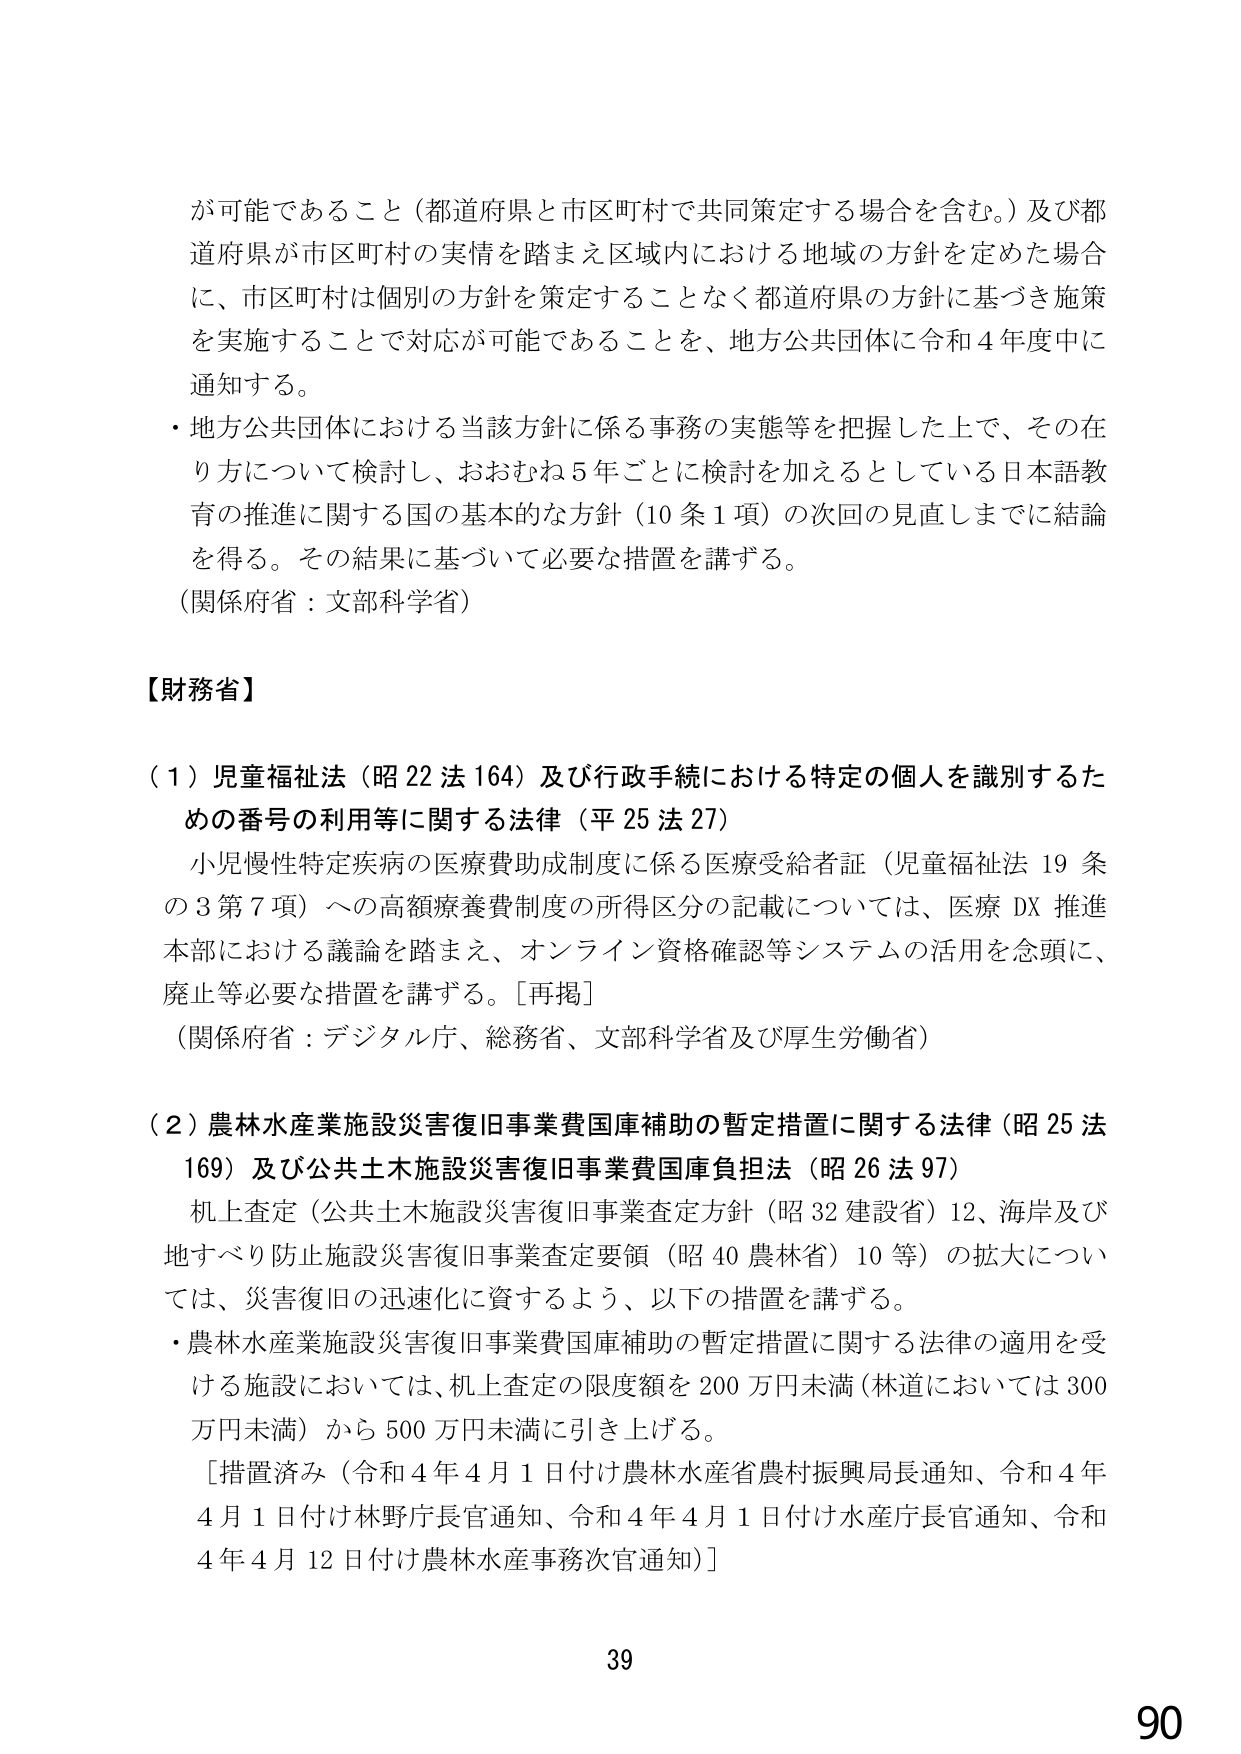
が可能であること（都道府県と市区町村で共同策定する場合を含む。）及び都道府県が市区町村の実情を踏まえ区域内における地域の方針を定めた場合に、市区町村は個別の方針を策定することなく都道府県の方針に基づき施策を実施することで対応が可能であることを、地方公共団体に令和４年度中に通知する。

・地方公共団体における当該方針に係る事務の実態等を把握した上で、その在り方について検討し、おおむね５年ごとに検討を加えるとしている日本語教育の推進に関する国の基本的な方針（10条1項）の次回の見直しまでに結論を得る。その結果に基づいて必要な措置を講ずる。

（関係府省：文部科学省）

【財務省】

（１）児童福祉法（昭22法164）及び行政手続における特定の個人を識別するための番号の利用等に関する法律（平25法27）

　小児慢性特定疾病の医療費助成制度に係る医療受給者証（児童福祉法19条の3第7項）への高額療養費制度の所得区分の記載については、医療DX推進本部における議論を踏まえ、オンライン資格確認等システムの活用を念頭に、廃止等必要な措置を講ずる。［再掲］

（関係府省：デジタル庁、総務省、文部科学省及び厚生労働省）

（２）農林水産業施設災害復旧事業費国庫補助の暫定措置に関する法律（昭25法169）及び公共土木施設災害復旧事業費国庫負担法（昭26法97）

　机上査定（公共土木施設災害復旧事業査定方針（昭32建設省）12、海岸及び地すべり防止施設災害復旧事業査定要領（昭40農林省）10等）の拡大については、災害復旧の迅速化に資するよう、以下の措置を講ずる。

・農林水産業施設災害復旧事業費国庫補助の暫定措置に関する法律の適用を受ける施設においては、机上査定の限度額を200万円未満（林道においては300万円未満）から500万円未満に引き上げる。

［措置済み（令和4年4月1日付け農林水産省農村振興局長通知、令和4年4月1日付け林野庁長官通知、令和4年4月1日付け水産庁長官通知、令和4年4月12日付け農林水産事務次官通知）］

39

90